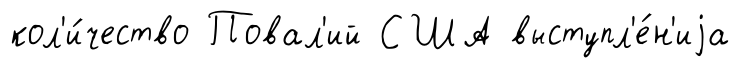
кол'и́чество Повал'ий США выступл'е́н'иjа